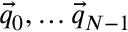
\vec { q } _ { 0 } , \dots \vec { q } _ { N - 1 }